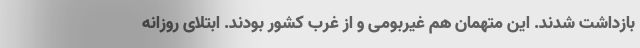
بازداشت شدند. این متهمان هم غیربومی و از غرب کشور بودند. ابتلای روزانه